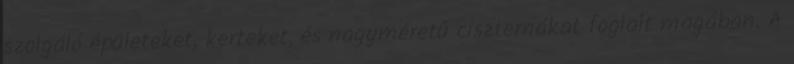
szolgáló épületeket, kerteket, és nagyméretű ciszternákat foglalt magában. A